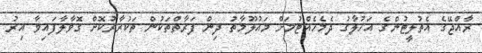
ރާއްޖޭގެ އެތުލީޓުންގެ އަހުލާގު ދެމެހެއްޓުމަށް މައުލޫމާތު ދިން ފަރާތްތަކުން ތަކުރާރުކޮށް ގޮވާލާފައިވާ އިރު